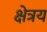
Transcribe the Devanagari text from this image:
क्षेत्रय